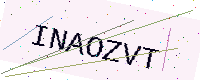
Text: INAOZVT